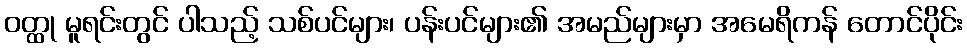
ဝတ္ထု မူရင်းတွင် ပါသည့် သစ်ပင်များ၊ ပန်းပင်များ၏ အမည်များမှာ အမေရိကန် တောင်ပိုင်း